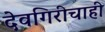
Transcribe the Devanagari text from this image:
देवगिरीचाही